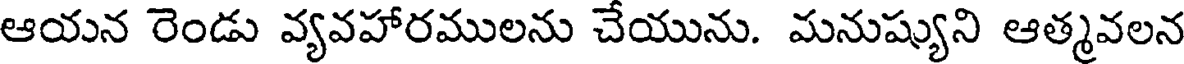
ఆయన రెండు వ్యవహారములను చేయును. మనుష్యుని ఆత్మవలన